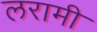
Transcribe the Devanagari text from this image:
लरामी